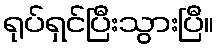
ရုပ်ရှင်ပြီးသွားပြီ။